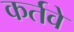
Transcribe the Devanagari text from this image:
कर्तवे